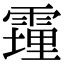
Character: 䨪